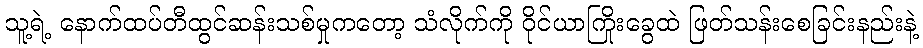
သူ့ရဲ့ နောက်ထပ်တီထွင်ဆန်းသစ်မှုကတော့ သံလိုက်ကို ဝိုင်ယာကြိုးခွေထဲ ဖြတ်သန်းစေခြင်းနည်းနဲ့